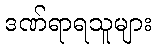
ဒဏ်ရာရသူများ